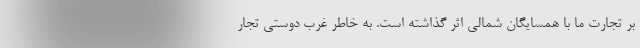
بر تجارت ما با همسایگان شمالی اثر گذاشته است. به خاطر غرب دوستی تجار